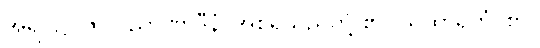
အရပ်၌။ ဇိဝှါဝိညာဏာဒီနံ၊ အစရှိသည်တို့ ၏။ ယထာရဟံ၊ စွာ။